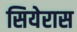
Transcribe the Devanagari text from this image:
सियेरास